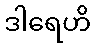
ဒါရေဟိ